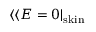
\langle \langle E = 0 | _ { \mathrm { s k i n } }